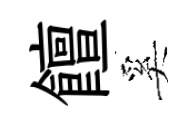
饘奚